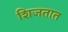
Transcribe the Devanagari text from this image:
शिजतात